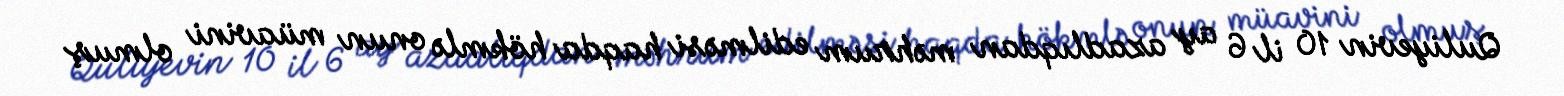
Quliyevin 10 il 6 ay azadlıqdan məhrum edilməsi haqda hökmlə onun müavini olmuş